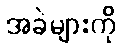
အခဲများကို